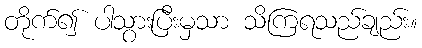
တိုက်၍ ပါသွားပြီးမှသာ သိကြရသည်ချည်း။